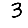
Digit: 3